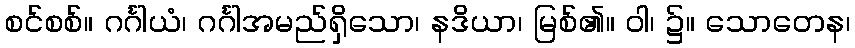
စင်စစ်။ ဂင်္ဂါယံ၊ ဂင်္ဂါအမည်ရှိသော၊ နဒိယာ၊ မြစ်၏။ ဝါ၊ ၌။ သောတေန၊